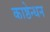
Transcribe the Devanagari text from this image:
काष्ठेन्धन